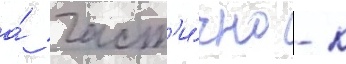
а́ част'и́чно - к